65_HS1-834228961_62-HQ-83894_Section_2
Agency: FBI
Page 63
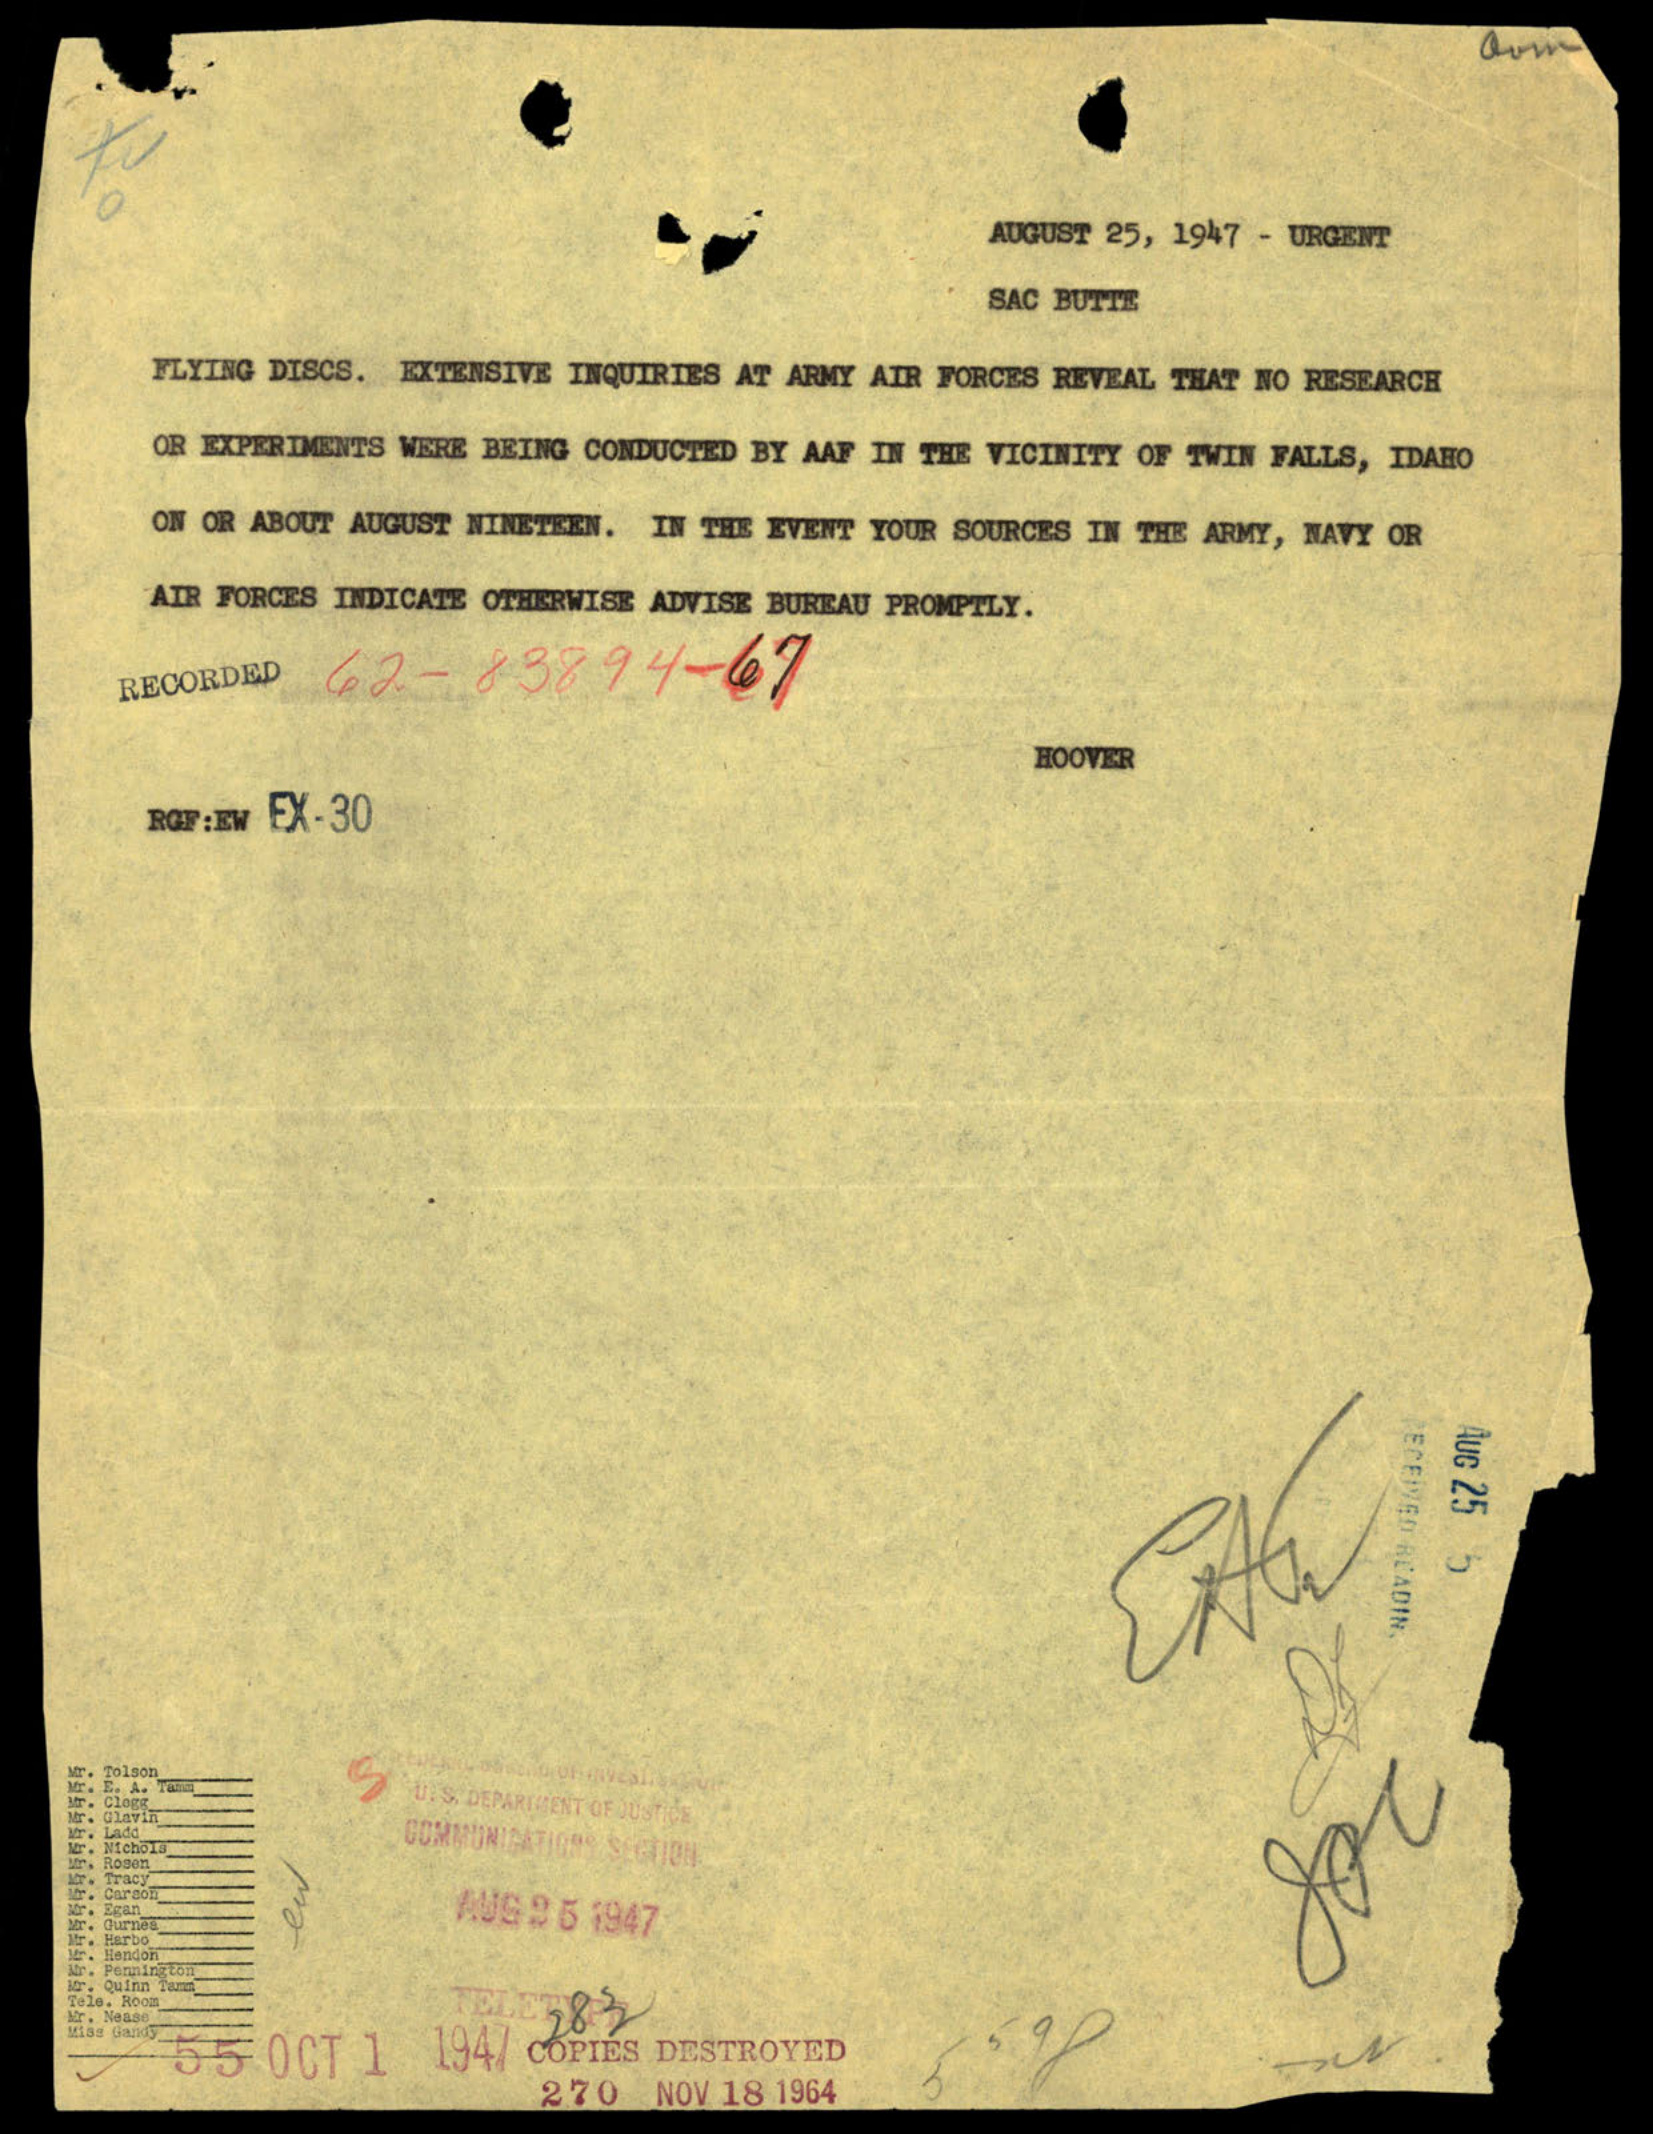